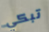
تبكي